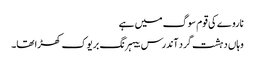
ناروے کی قوم سوگ میں ہے
وہاں دہشت گرد آندرس بیہرنگ بریوک کھڑا تھا۔